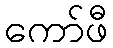
ကော်ဖီ